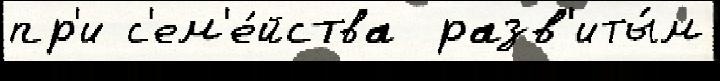
пр'и с'ем'е́йства  разв'иты́м